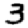
Digit: 3